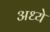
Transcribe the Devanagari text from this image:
अध्ये